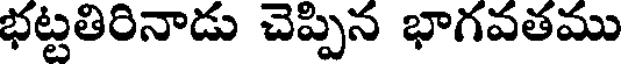
భట్టతిరినాడు చెప్పిన భాగవతము